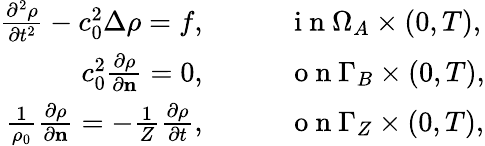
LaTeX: \begin{array}{rl}{\frac{\partial^{2}\rho}{\partial t^{2}}-c_{0}^{2}\Delta\rho=f,}&{{}\qquad\mathrm{~i~n~}\Omega_{A}\times(0,T),}\\ {c_{0}^{2}\frac{\partial\rho}{\partial\mathbf{n}}=0,}&{{}\qquad\mathrm{~o~n~}\Gamma_{B}\times(0,T),}\\ {\frac{1}{\rho_{0}}\frac{\partial\rho}{\partial\mathbf{n}}=-\frac{1}{Z}\frac{\partial\rho}{\partial t},}&{{}\qquad\mathrm{~o~n~}\Gamma_{Z}\times(0,T),}\end{array}